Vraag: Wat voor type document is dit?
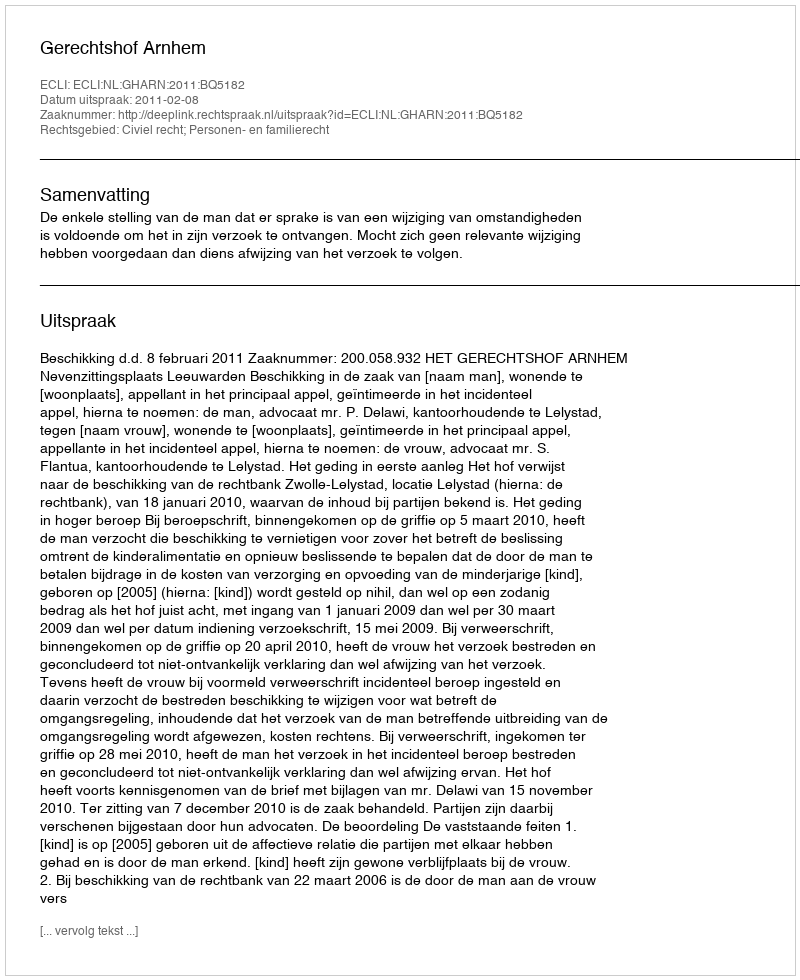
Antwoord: Uitspraak